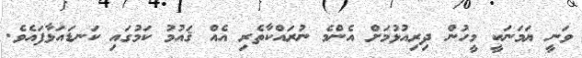
ވަނީ ޔަމަނަކީ މީހުން ދިރިއުޅުމަށް އެންމެ ނުރައްކާތެރި އެއް ޤައުމު ކަމުގައި ކަނޑައަޅާފައެވެ.